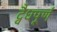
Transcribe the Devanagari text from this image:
द्वैधपूर्ण